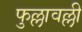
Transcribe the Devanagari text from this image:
फुल्लावल्ली